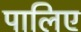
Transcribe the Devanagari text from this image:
पालिए